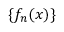
\{ f _ { n } ( x ) \}